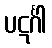
ပဋင်္ဂါ